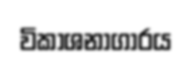
විකාශනාගාරය